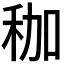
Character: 𥝿